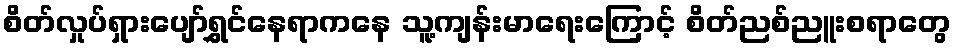
စိတ်လှုပ်ရှားပျော်ရွှင်နေရာကနေ သူ့ကျန်းမာရေးကြောင့် စိတ်ညစ်ညူးစရာတွေ